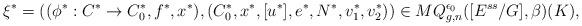
LaTeX: \begin{align*}\xi^*= ((\phi^*:C^*\rightarrow C_0^*,f^*,x^*),(C_0^*,x^*,[u^*],e^*,N^*,v^*_1,v^*_2))\in MQ^{\epsilon_0}_{g,n}([E^{ss}/G],\beta)(K),\end{align*}